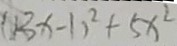
( 1 3 x - 1 ) ^ { 2 } + 5 x ^ { 2 }